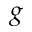
g